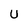
Character: U